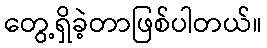
တွေ့ရှိခဲ့တာဖြစ်ပါတယ်။